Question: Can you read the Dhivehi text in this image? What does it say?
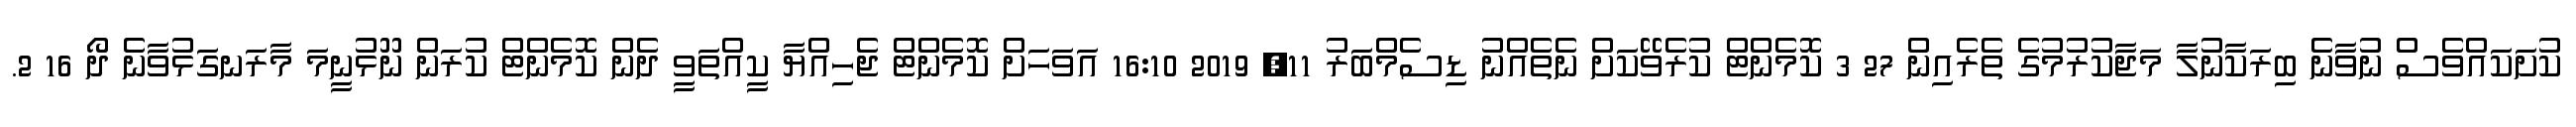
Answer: ކުށަކައްވެސް ނުވާނެ ބިރަކާނުލާ މަޖާކުރުމުގެ ތެރެއިން 27 3 ކޮމެންޓް ކުރެވޭކަށް ނެތެއްނު ޑިސެމްބަރު 11, 2019 16:10 އަވަހަށް ކޮމެންޓް ޖެހިއްޔާ ކީއްތަވީ ދެން ކޮމެންޓް ކުރަން ނޫޅުނީމަ މާރަނގަޅުވާނެ ދޯ 16 2.